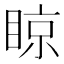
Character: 䁁